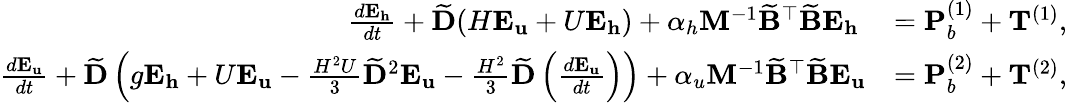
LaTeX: \begin{array}{rl}{\frac{d\mathbf{E}_{\mathbf{h}}}{dt}+\widetilde{\mathbf{D}}(H\mathbf{E}_{\mathbf{u}}+U\mathbf{E}_{\mathbf{h}})+\alpha_{h}\mathbf{M}^{-1}\widetilde{\mathbf{B}}^{\top}\widetilde{\mathbf{B}}\mathbf{E}_{\mathbf{h}}\ }&{=\mathbf{P}_{b}^{(1)}+\mathbf{T}^{(1)},}\\ {\frac{d\mathbf{E}_{\mathbf{u}}}{dt}+\widetilde{\mathbf{D}}\left(g\mathbf{E}_{\mathbf{h}}+U\mathbf{E}_{\mathbf{u}}-\frac{H^{2}U}{3}\widetilde{\mathbf{D}}^{2}\mathbf{E}_{\mathbf{u}}-\frac{H^{2}}{3}\widetilde{\mathbf{D}}\left(\frac{d\mathbf{E}_{\mathbf{u}}}{dt}\right)\right)+\alpha_{u}\mathbf{M}^{-1}\widetilde{\mathbf{B}}^{\top}\widetilde{\mathbf{B}}\mathbf{E}_{\mathbf{u}}}&{=\mathbf{P}_{b}^{(2)}+\mathbf{T}^{(2)},}\end{array}